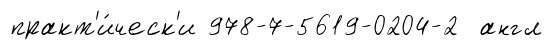
практ'и́ческ'и 978-7-5619-0204-2 англ